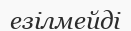
езілмейді